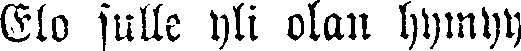
Elo sulle yli olan hymyy